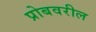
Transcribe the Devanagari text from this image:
प्रोबवरील